Lunatic asylums United Prov. 1922-30 - 1922-1930
Year: 1922
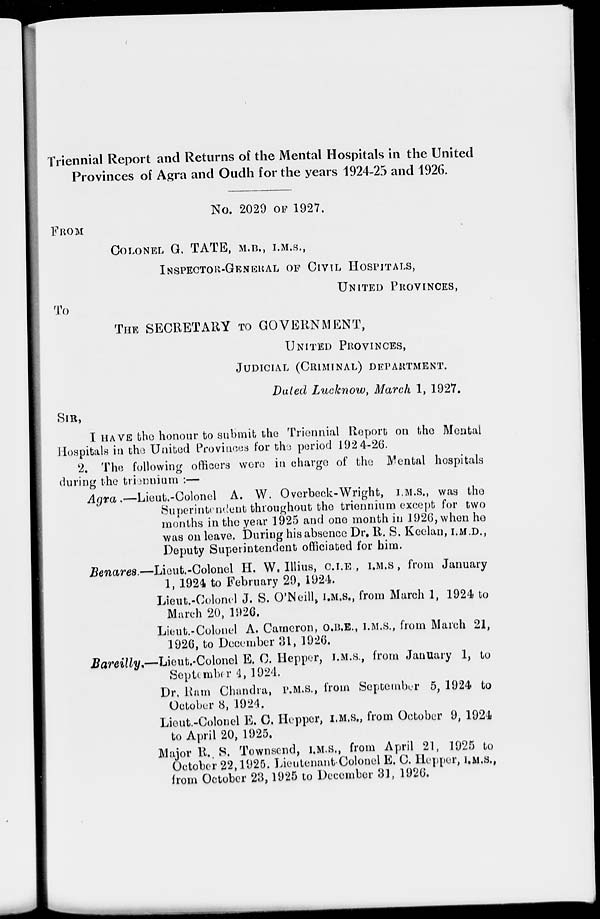
Triennial Report and Returns of the Mental Hospitals in the United
Provinces of Agra and Oudh for the years 1924-25 and 1926.
No. 2029 OF 1927.
FROM
COLONEL G. TATE, M.B., I.M.S.,
INSPECTOR-GENERAL OF CIVIL HOSPITALS,
UNITED PROVINCES,
To
THE SECRETARY TO GOVERNMENT,
UNITED PROVINCES,
JUDICIAL (CRIMINAL) DEPARTMENT.
Dated Lucknow, March 1, 1927.
SIR,
I HAVE the honour to submit the Triennial Report on the Mental
Hospitals in the United Provinces for the period 192 4-26.
2. The following officers were in charge of the Mental hospitals
during the triennium :—
Agra,—Lieut.-Colonel
A. W. Overbock-Wright, I.M.S., was the
Superintendent throughout the triennium except for two
months in the year 1925 and one month in 1926, when he
was on leave. During his absence Dr. R. S. Keelan, I.M.D.,
Deputy Superintendent officiated for him.
Benares.—Lieut.-Colonel H. W. Illius, C.I.E., I.M.S, from January
1, 1924 to February 29, 1924.
Lieut.-Colonel J. S. O'Neill, I.M.S., from March 1, 1924 to
March 20, 1926.
Lieut.-Colonel A. Cameron, O.B.E., I.M.S., from March 21,
1926, to December 31, 1926.
Bareilly.—Lieut.-Colonel E. C. Hepper, I.M.S., from January 1, to
September 4, 1924.
Dr. Ram Chandra, P.M.S., from September 5, 1924 to
October 8, 1924.
Lieut.-Colonel E. C. Hepper, I.M.S., from October 9, 1924
to April 20, 1925.
Major R. S. Townsend, I.M.S., from April 21, 1925 to
October 22, 1925. Lieutenant-Colonel E. C. Hepper, I.M.S.,
from October 23, 1925 to December 31, 1926.